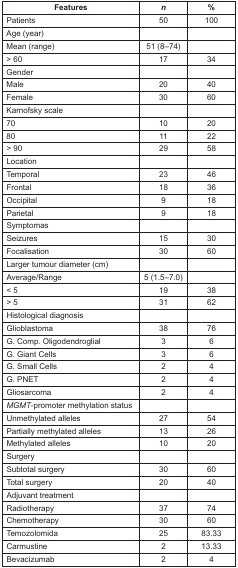
<table><thead><tr><td><b>Features</b></td><td><b><i>n</i></b></td><td><b>%</b></td></tr></thead><tbody><tr><td>Patients</td><td>50</td><td>100</td></tr><tr><td>Age (year)</td><td></td><td></td></tr><tr><td>Mean (range)</td><td>51 (8–74)</td><td></td></tr><tr><td>&gt; 60</td><td>17</td><td>34</td></tr><tr><td>Gender</td><td></td><td></td></tr><tr><td>Male</td><td>20</td><td>40</td></tr><tr><td>Female</td><td>30</td><td>60</td></tr><tr><td>Karnofsky scale</td><td></td><td></td></tr><tr><td>70</td><td>10</td><td>20</td></tr><tr><td>80</td><td>11</td><td>22</td></tr><tr><td>&gt; 90</td><td>29</td><td>58</td></tr><tr><td>Location</td><td></td><td></td></tr><tr><td>Temporal</td><td>23</td><td>46</td></tr><tr><td>Frontal</td><td>18</td><td>36</td></tr><tr><td>Occipital</td><td>9</td><td>18</td></tr><tr><td>Parietal</td><td>9</td><td>18</td></tr><tr><td>Symptomas</td><td></td><td></td></tr><tr><td>Seizures</td><td>15</td><td>30</td></tr><tr><td>Focalisation</td><td>30</td><td>60</td></tr><tr><td>Larger tumour diameter (cm)</td><td></td><td></td></tr><tr><td>Average/Range</td><td>5 (1.5–7.0)</td><td></td></tr><tr><td>&lt; 5</td><td>19</td><td>38</td></tr><tr><td>&gt; 5</td><td>31</td><td>62</td></tr><tr><td>Histological diagnosis</td><td></td><td></td></tr><tr><td>Glioblastoma</td><td>38</td><td>76</td></tr><tr><td>G. Comp. Oligodendroglial</td><td>3</td><td>6</td></tr><tr><td>G. Giant Cells</td><td>3</td><td>6</td></tr><tr><td>G. Small Cells</td><td>2</td><td>4</td></tr><tr><td>G. PNET</td><td>2</td><td>4</td></tr><tr><td>Gliosarcoma</td><td>2</td><td>4</td></tr><tr><td><i>MGMT</i>-promoter methylation status</td><td></td><td></td></tr><tr><td>Unmethylated alleles</td><td>27</td><td>54</td></tr><tr><td>Partially methylated alleles</td><td>13</td><td>26</td></tr><tr><td>Methylated alleles</td><td>10</td><td>20</td></tr><tr><td>Surgery</td><td></td><td></td></tr><tr><td>Subtotal surgery</td><td>30</td><td>60</td></tr><tr><td>Total surgery</td><td>20</td><td>40</td></tr><tr><td>Adjuvant treatment</td><td></td><td></td></tr><tr><td>Radiotherapy</td><td>37</td><td>74</td></tr><tr><td>Chemotherapy</td><td>30</td><td>60</td></tr><tr><td>Temozolomida</td><td>25</td><td>83.33</td></tr><tr><td>Carmustine</td><td>2</td><td>13.33</td></tr><tr><td>Bevacizumab</td><td>2</td><td>4</td></tr></tbody></table>